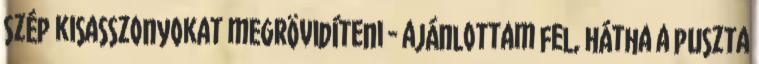
szép kisasszonyokat megrövidíteni - ajánlottam fel, hátha a puszta